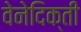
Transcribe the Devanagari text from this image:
वेनेदिक्ती